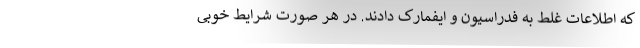
که اطلاعات غلط به فدراسیون و ایفمارک دادند. در هر صورت شرایط خوبی